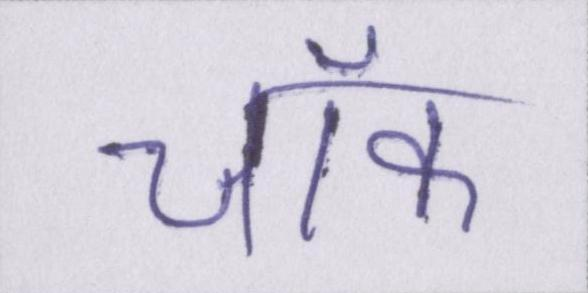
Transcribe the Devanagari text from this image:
चॉक